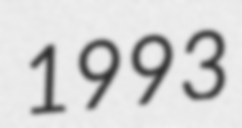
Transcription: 1993